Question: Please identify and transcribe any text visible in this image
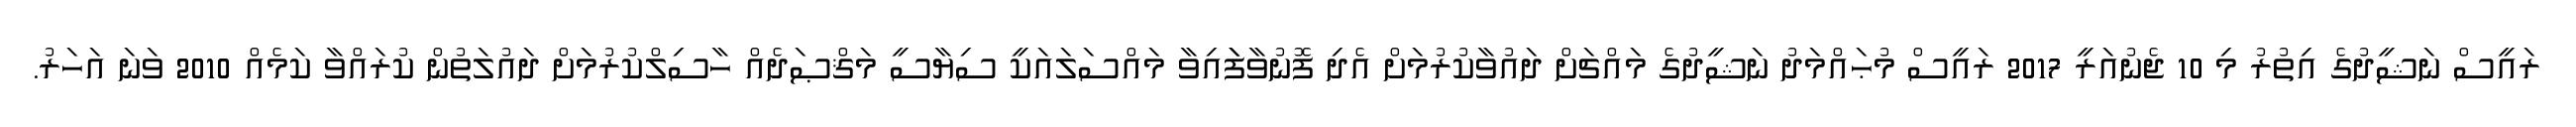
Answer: ރައީސް ނަޝީދުގެ އިތުރު މި 10 ޖެނުއަރީ 2017 ރައީސް މުޙައްމަދު ނަޝީދުގެ މައްޗަށް ދައުވާކުރުމަށް އެދި ފޮނުވާފަައިވާ މައްސަލައަކީ ސިޔާސީ މަޤްޞަދެއް ހާސިލްކުރުމަށް ދައުލަތުން ކުރައްވާ ކަމެއް 2010 ވަނަ އަހަރު.